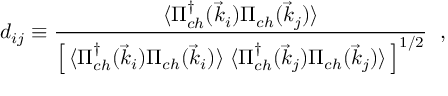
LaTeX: d _ { i j } \equiv { \frac { \langle \Pi _ { c h } ^ { \dag } ( \vec { k } _ { i } ) \Pi _ { c h } ( \vec { k } _ { j } ) \rangle } { \left[ \, \langle \Pi _ { c h } ^ { \dag } ( \vec { k } _ { i } ) \Pi _ { c h } ( \vec { k } _ { i } ) \rangle \; \langle \Pi _ { c h } ^ { \dag } ( \vec { k } _ { j } ) \Pi _ { c h } ( \vec { k } _ { j } ) \rangle \, \right] ^ { 1 / 2 } } } \ \; ,